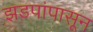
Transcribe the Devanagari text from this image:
झडपांपासून